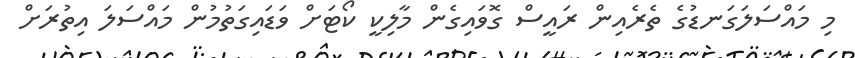
މި މައްސަލަގަނޑުގެ ތެރެއިން ރައީސް ގޮވައިގެން މާލިކީ ކޯޓަށް ވަޑައިގަތުމުން މައްސަލަ އިތުރަށް